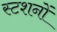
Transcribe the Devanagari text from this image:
स्टशनों